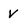
Character: V